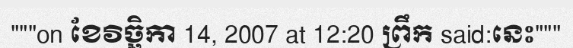
"""on ខែវិច្ឆិកា 14, 2007 at 12:20 ព្រឹក said:នេះ"""